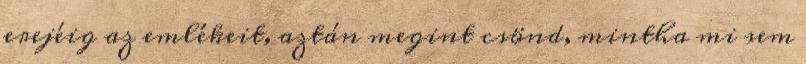
erejéig az emlékeit, aztán megint csönd, mintha mi sem